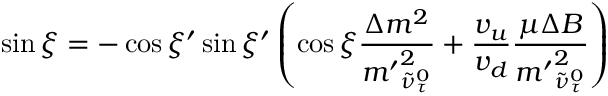
\sin \xi = - \cos \xi ^ { \prime } \sin \xi ^ { \prime } \left( \cos \xi \frac { \Delta m ^ { 2 } } { { m ^ { \prime } } _ { \tilde { \nu } _ { \tau } ^ { 0 } } ^ { 2 } } + \frac { v _ { u } } { v _ { d } } \frac { \mu \Delta B } { { m ^ { \prime } } _ { \tilde { \nu } _ { \tau } ^ { 0 } } ^ { 2 } } \right)